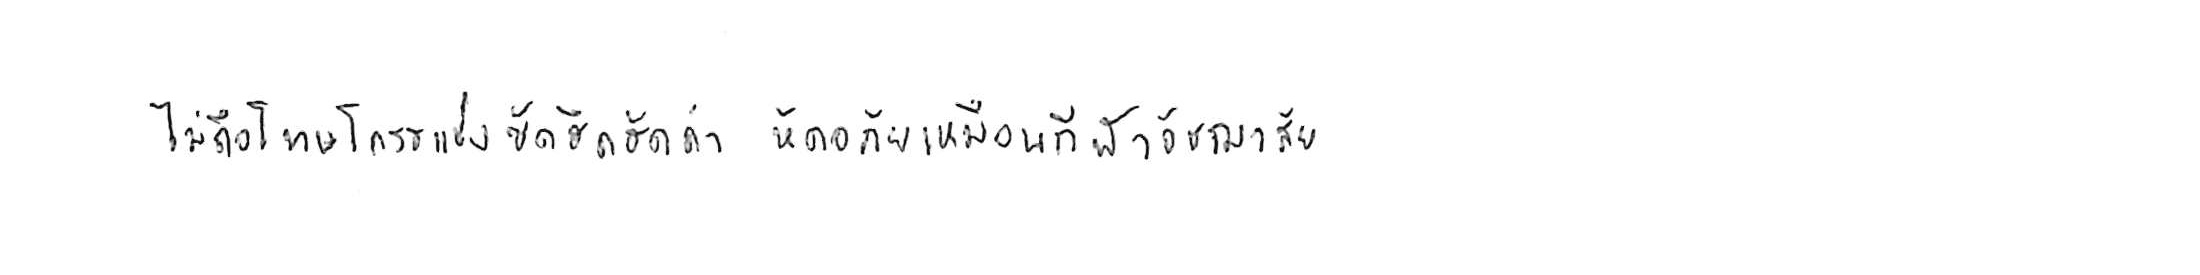
ไม่ถือโทษโกรธแช่งซัดฮึดฮัดด่า หัดอภัยเหมือนกีฬาอัชฌาสัย